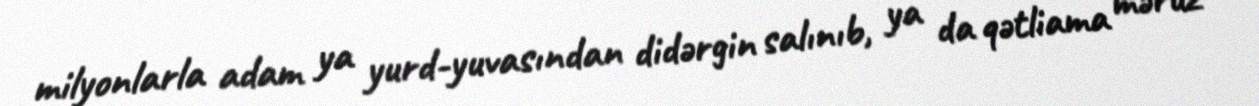
milyonlarla adam ya yurd-yuvasından didərgin salınıb, ya da qətliama məruz